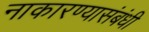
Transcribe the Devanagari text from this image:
नाकारण्यासंबंधी